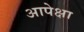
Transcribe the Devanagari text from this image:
आपेक्षा